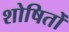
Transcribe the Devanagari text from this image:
शोषितोँ